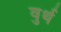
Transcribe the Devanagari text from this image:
वुर्थ